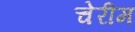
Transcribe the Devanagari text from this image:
चेरीम